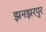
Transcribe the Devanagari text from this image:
झनझरपुर